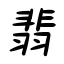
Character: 翡